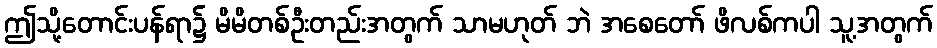
ဤသို့တောင်းပန်ရာ၌ မိမိတစ်ဦးတည်းအတွက် သာမဟုတ် ဘဲ အစေတော် ဖိလစ်ကပါ သူ့အတွက်